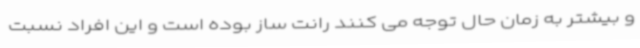
و بیشتر به زمان حال توجه می کنند رانت ساز بوده است و این افراد نسبت